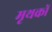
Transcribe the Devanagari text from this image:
मृथकों